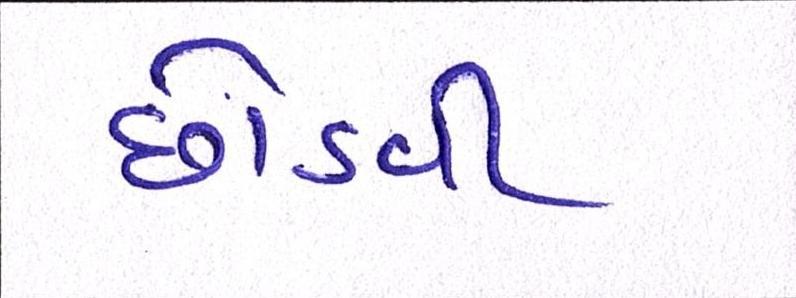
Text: છોડવી